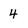
Character: 4